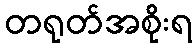
တရုတ်အစိုးရ